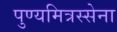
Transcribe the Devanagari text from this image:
पुण्यमित्रस्सेना